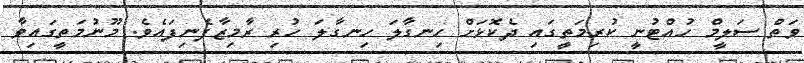
ވަތް ސަލީމް ހުއްޓުނީ ކުރިމަތީގައި ދެކޮޅަށް ހިނގާލަ ހިނގާލަ ހުރި ރާމިޒާފެނިފައެވެ. މޫނުމަތީގައިވާ